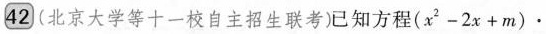
42 (北京大学等十一校自主招生联考)已知方程$$(x ^ { 2 } - 2 x + m ) ·